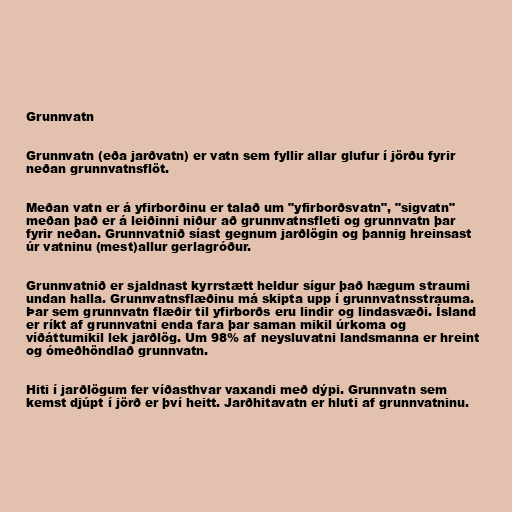
Grunnvatn

Grunnvatn (eða jarðvatn) er vatn sem fyllir allar glufur í jörðu fyrir
neðan grunnvatnsflöt.

Meðan vatn er á yfirborðinu er talað um "yfirborðsvatn", "sigvatn"
meðan það er á leiðinni niður að grunnvatnsfleti og grunnvatn þar
fyrir neðan. Grunnvatnið síast gegnum jarðlögin og þannig hreinsast
úr vatninu (mest)allur gerlagróður.

Grunnvatnið er sjaldnast kyrrstætt heldur sígur það hægum straumi
undan halla. Grunnvatnsflæðinu má skipta upp í grunnvatnsstrauma.
Þar sem grunnvatn flæðir til yfirborðs eru lindir og lindasvæði. Ísland
er ríkt af grunnvatni enda fara þar saman mikil úrkoma og
víðáttumikil lek jarðlög. Um 98% af neysluvatni landsmanna er hreint
og ómeðhöndlað grunnvatn.

Hiti í jarðlögum fer víðasthvar vaxandi með dýpi. Grunnvatn sem
kemst djúpt í jörð er því heitt. Jarðhitavatn er hluti af grunnvatninu.